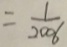
= \frac { 1 } { 2 0 0 6 }